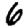
Digit: 6